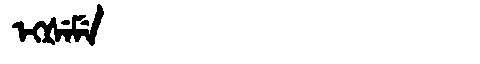
Manchu: ᡝᡴᡧᡝᠮᡝ
Romanization: EKŠEME